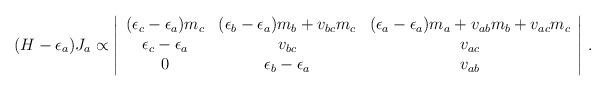
LaTeX: \begin{align*}(H-\epsilon_a)J_a\propto\left| \begin{array}{ccc}(\epsilon_c-\epsilon_a)m_c&(\epsilon_b-\epsilon_a)m_b+v_{bc}m_{c}&(\epsilon_a-\epsilon_a)m_a+v_{ab}m_{b}+v_{ac}m_{c}\cr\epsilon_c-\epsilon_a & v_{bc}&v_{ac}\cr0&\epsilon_b-\epsilon_a & v_{ab}\end{array}\right| \, .\end{align*}